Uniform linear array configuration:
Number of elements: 24
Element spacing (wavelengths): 0.25
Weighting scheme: kaiser
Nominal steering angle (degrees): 0
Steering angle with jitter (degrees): -0.08721
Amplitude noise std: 0.05
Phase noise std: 0.05

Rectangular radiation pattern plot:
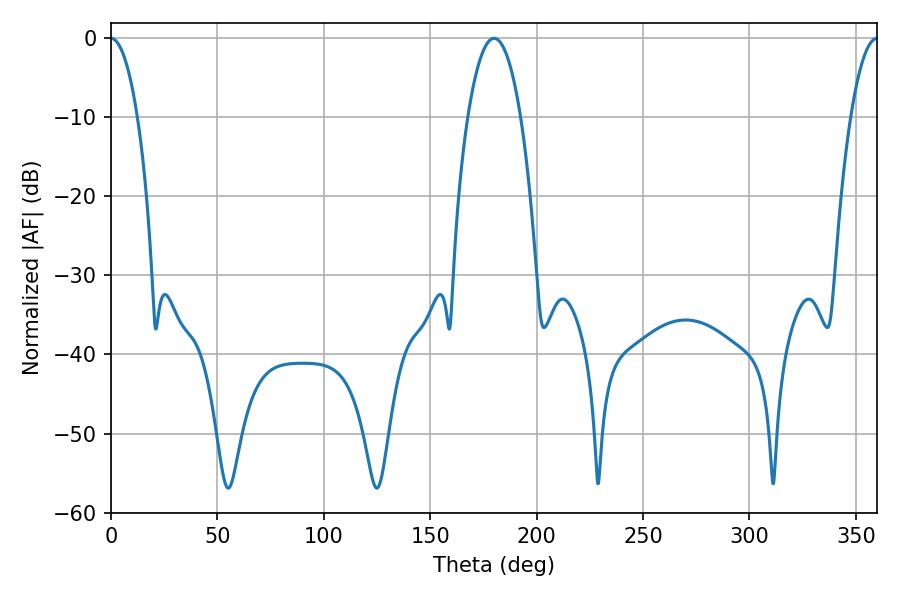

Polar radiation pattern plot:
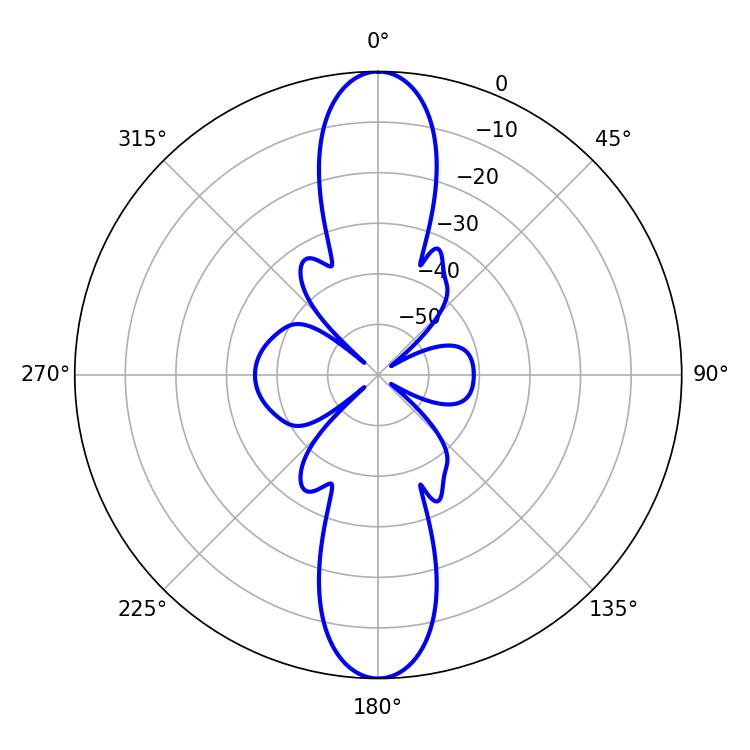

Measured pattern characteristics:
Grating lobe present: FALSE
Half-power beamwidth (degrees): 6.84
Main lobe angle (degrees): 0